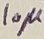
Text: 10µ